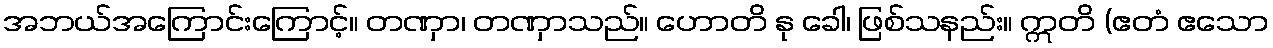
အဘယ်အကြောင်းကြောင့်။ တဏှာ၊ တဏှာသည်။ ဟောတိ နု ခေါ၊ ဖြစ်သနည်း။ ဣတိ (ဧတံ ဧသော